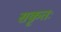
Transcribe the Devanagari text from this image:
सकृतः